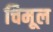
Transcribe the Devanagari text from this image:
चिमूल